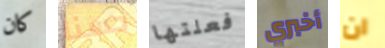
كان حسنا فعلتها أخبري ان